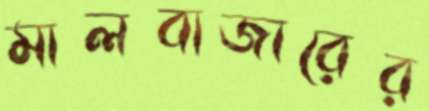
মালবাজারের